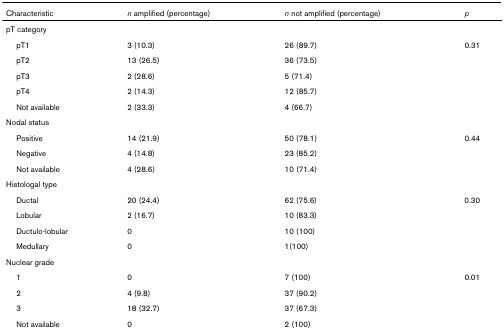
<table><thead><tr><td><b>Characteristic</b></td><td><b><i>n </i>amplified (percentage)</b></td><td><b><i>n </i>not amplified (percentage)</b></td><td><b><i>p</i></b></td></tr></thead><tbody><tr><td>pT category</td><td></td><td></td><td></td></tr><tr><td> pT1</td><td>3 (10.3)</td><td>26 (89.7)</td><td>0.31</td></tr><tr><td> pT2</td><td>13 (26.5)</td><td>36 (73.5)</td><td></td></tr><tr><td> pT3</td><td>2 (28.6)</td><td>5 (71.4)</td><td></td></tr><tr><td> pT4</td><td>2 (14.3)</td><td>12 (85.7)</td><td></td></tr><tr><td> Not available</td><td>2 (33.3)</td><td>4 (66.7)</td><td></td></tr><tr><td>Nodal status</td><td></td><td></td><td></td></tr><tr><td> Positive</td><td>14 (21.9)</td><td>50 (78.1)</td><td>0.44</td></tr><tr><td> Negative</td><td>4 (14.8)</td><td>23 (85.2)</td><td></td></tr><tr><td> Not available</td><td>4 (28.6)</td><td>10 (71.4)</td><td></td></tr><tr><td>Histologal type</td><td></td><td></td><td></td></tr><tr><td> Ductal</td><td>20 (24.4)</td><td>62 (75.6)</td><td>0.30</td></tr><tr><td> Lobular</td><td>2 (16.7)</td><td>10 (83.3)</td><td></td></tr><tr><td> Ductulo-lobular</td><td>0</td><td>10 (100)</td><td></td></tr><tr><td> Medullary</td><td>0</td><td>1(100)</td><td></td></tr><tr><td>Nuclear grade</td><td></td><td></td><td></td></tr><tr><td> 1</td><td>0</td><td>7 (100)</td><td>0.01</td></tr><tr><td> 2</td><td>4 (9.8)</td><td>37 (90.2)</td><td></td></tr><tr><td> 3</td><td>18 (32.7)</td><td>37 (67.3)</td><td></td></tr><tr><td> Not available</td><td>0</td><td>2 (100)</td><td></td></tr></tbody></table>